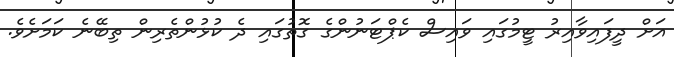
އަށް ދީފައިވާއިރު ޓީމުގައި ވައިސް ކެޕްޓަނުންގެ ގޮތުގައި ދެ ކުޅުންތެރިން ތިބޭނެ ކަމަށެވެ.